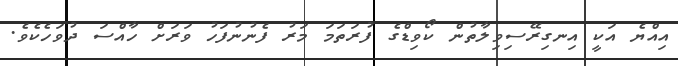
އިއްޔެ އަކީ އިނގިރޭސިވިލާތުން ކޯވިޑްގެ ފުރަތަމަ މަރު ފެނުނުފަހު ވަރަށް ހާއްސަ ދުވަހެކެވެ.